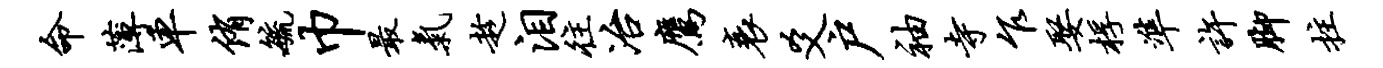
命薄车侑毓巾最气趁泪往冶鹰衰爻户袖寺乍娶桴准许脚拄